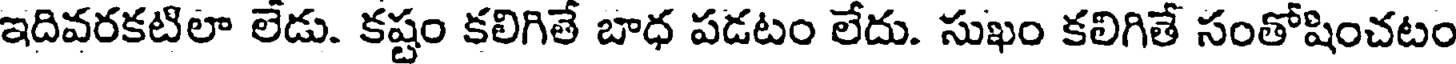
ఇదివరకటిలా లేడు. కష్టం కలిగితే బాధ పడటం లేదు. సుఖం కలిగితే సంతోషించటం